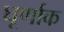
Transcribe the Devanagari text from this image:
घूर्णाक